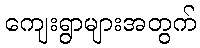
ကျေးရွာများအတွက်